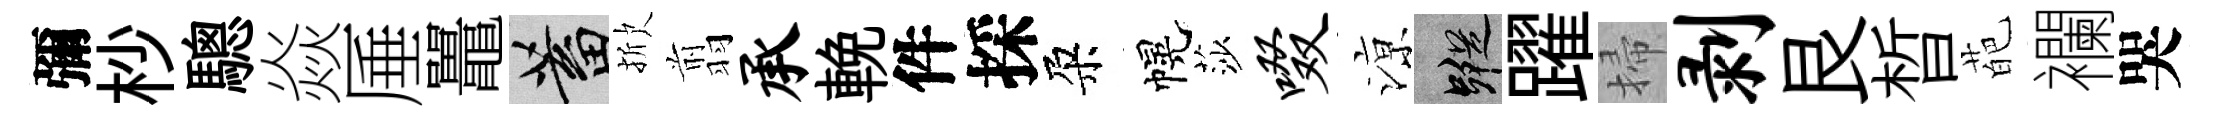
彌杪驄焱厜鼉蓄掀翦承輓件採朶幌莎啜鿌蹤躍掃剥艮晳葩襴哭